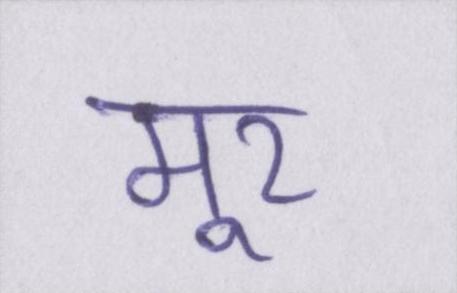
मूर